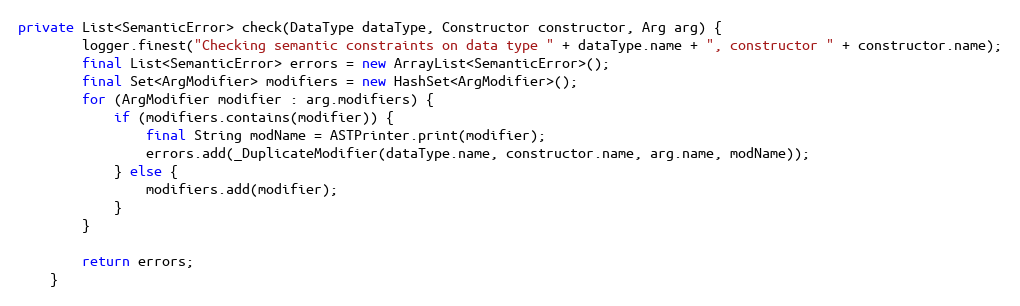
Language: Java
private List<SemanticError> check(DataType dataType, Constructor constructor, Arg arg) {
        logger.finest("Checking semantic constraints on data type " + dataType.name + ", constructor " + constructor.name);
        final List<SemanticError> errors = new ArrayList<SemanticError>();
        final Set<ArgModifier> modifiers = new HashSet<ArgModifier>();
        for (ArgModifier modifier : arg.modifiers) {
            if (modifiers.contains(modifier)) {
                final String modName = ASTPrinter.print(modifier);
                errors.add(_DuplicateModifier(dataType.name, constructor.name, arg.name, modName));
            } else {
                modifiers.add(modifier);
            }
        }

        return errors;
    }